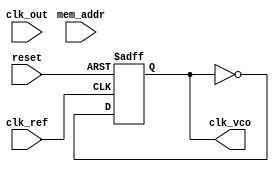
module DPLL (
    input wire clk_ref,         // Reference clock
    input wire clk_out,         // Output clock
    input wire reset,           // Reset signal
    input wire [7:0] mem_addr,  // Address for memory block
    output reg clk_vco          // Generated VCO clock output
);

    // Phase Detector
    reg phase_error; // 1-bit phase error signal
    always @(posedge clk_ref or posedge reset) begin
        if (reset) begin
            phase_error <= 0;
        end else begin
            // Simple phase detection logic (leading/lagging)
            if (clk_out) 
                phase_error <= 1; // example logic
            else 
                phase_error <= 0; 
        end
    end

    // Loop Filter (simple integration)
    reg [7:0] control_signal; // 8-bit control signal
    always @(posedge clk_ref or posedge reset) begin
        if (reset) begin
            control_signal <= 0;
        end else begin
            // Simple low-pass filtering (integrating)
            control_signal <= control_signal + phase_error; // Integrator
        end
    end

    // Memory Block (simple ROM example)
    reg [7:0] memory_block [0:255]; // 256 x 8-bit memory
    initial begin
        // Initialize memory with pre-calculated values
        // Example values for phase adjustments
        memory_block[0] = 8'd0; 
        memory_block[1] = 8'd1; 
        memory_block[2] = 8'd2; 
        // ... Initialize as needed
    end

    // VCO (Voltage-Controlled Oscillator)
    reg [7:0] vco_freq; // Example frequency control
    always @(posedge clk_ref or posedge reset) begin
        if (reset) begin
            vco_freq <= 8'd0;
            clk_vco <= 0;
        end else begin
            // Adjust VCO frequency based on control signal and memory
            vco_freq <= memory_block[mem_addr] + control_signal;
            clk_vco <= ~clk_vco; // Toggle output clock for simulation
        end
    end

    // Feedback path - Example divider for feedback
    reg [1:0] clk_divider;
    always @(posedge clk_vco or posedge reset) begin
        if (reset) begin
            clk_divider <= 0;
        end else begin
            clk_divider <= clk_divider + 1; // Simple divider example
            if (clk_divider == 2'b11) 
                clk_out <= ~clk_out; // Feedback the divided clock
        end
    end

endmodule